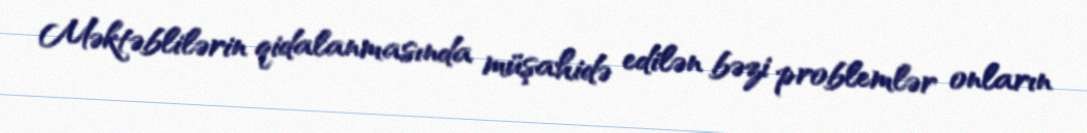
Məktəblilərin qidalanmasında müşahidə edilən bəzi problemlər onların